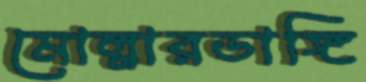
মোল্লারডাঙ্গি